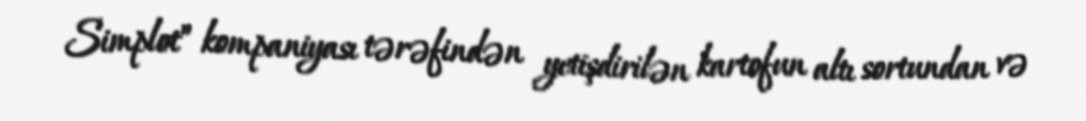
Simplot” kompaniyası tərəfindən yetişdirilən kartofun altı sortundan və